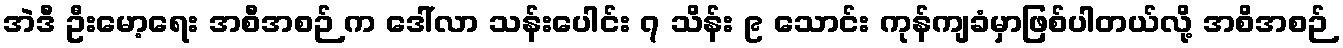
အဲဒီ ဦးမော့ရေး အစီအစဉ် က ဒေါ်လာ သန်းပေါင်း ၇ သိန်း ၉ သောင်း ကုန်ကျခံမှာဖြစ်ပါတယ်လို့ အစိအစဉ်